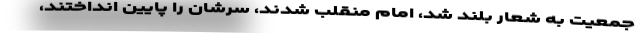
جمعیت به شعار بلند شد، امام منقلب شدند، سرشان را پایین انداختند،